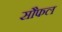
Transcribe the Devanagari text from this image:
सौफल